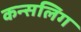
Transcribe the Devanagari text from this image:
कन्सलिग